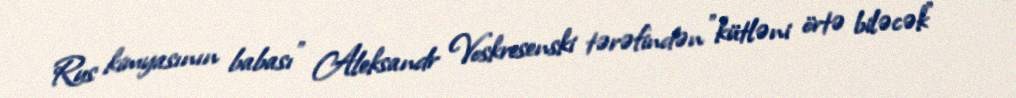
Rus kimyasının babası" Aleksandr Voskresenski tərəfindən "kütləni örtə biləcək"